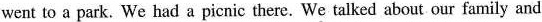
went to a park. We had a picnic there. We talked about our family and